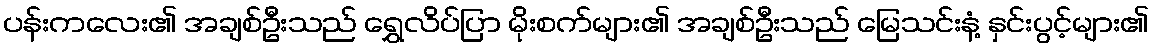
ပန်းကလေး၏ အချစ်ဦးသည် ရွှေလိပ်ပြာ မိုးစက်များ၏ အချစ်ဦးသည် မြေသင်းနံ့ နှင်းပွင့်များ၏